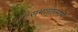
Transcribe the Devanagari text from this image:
सभागृहमार्गे